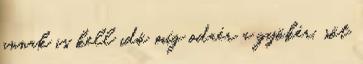
annak is kell idő míg odaér a gyökér, sőt